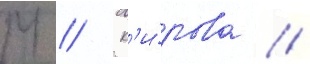
М // К'и́рова //